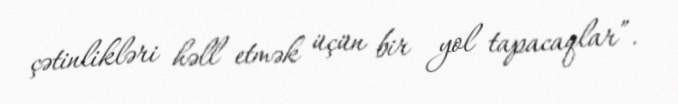
çətinlikləri həll etmək üçün bir yol tapacaqlar”.